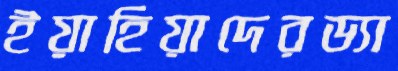
ইয়াহিয়াদেরড্যা